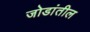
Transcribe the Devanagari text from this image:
जोडांतील